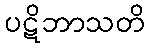
ပဋိဘာသတိ